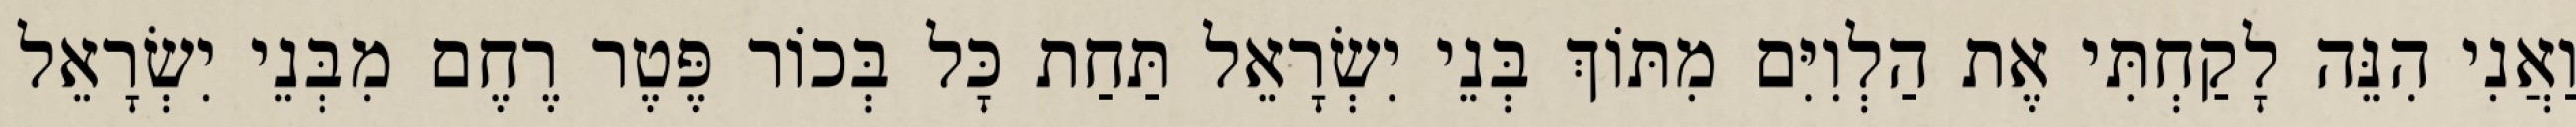
וַאֲנִי הִנֵּה לָקַחְתִּי אֶת הַלְוִיִּם מִתּוֹךְ בְּנֵי יִשְׂרָאֵל תַּחַת כָּל בְּכוֹר פֶּטֶר רֶחֶם מִבְּנֵי יִשְׂרָאֵל